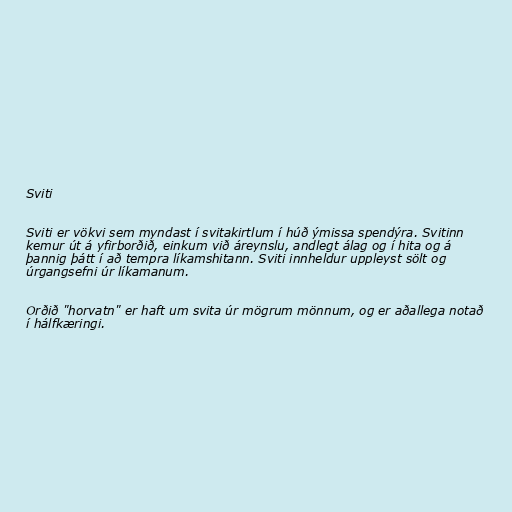
Sviti

Sviti er vökvi sem myndast í svitakirtlum í húð ýmissa spendýra. Svitinn
kemur út á yfirborðið, einkum við áreynslu, andlegt álag og í hita og á
þannig þátt í að tempra líkamshitann. Sviti innheldur uppleyst sölt og
úrgangsefni úr líkamanum.

Orðið "horvatn" er haft um svita úr mögrum mönnum, og er aðallega notað
í hálfkæringi.